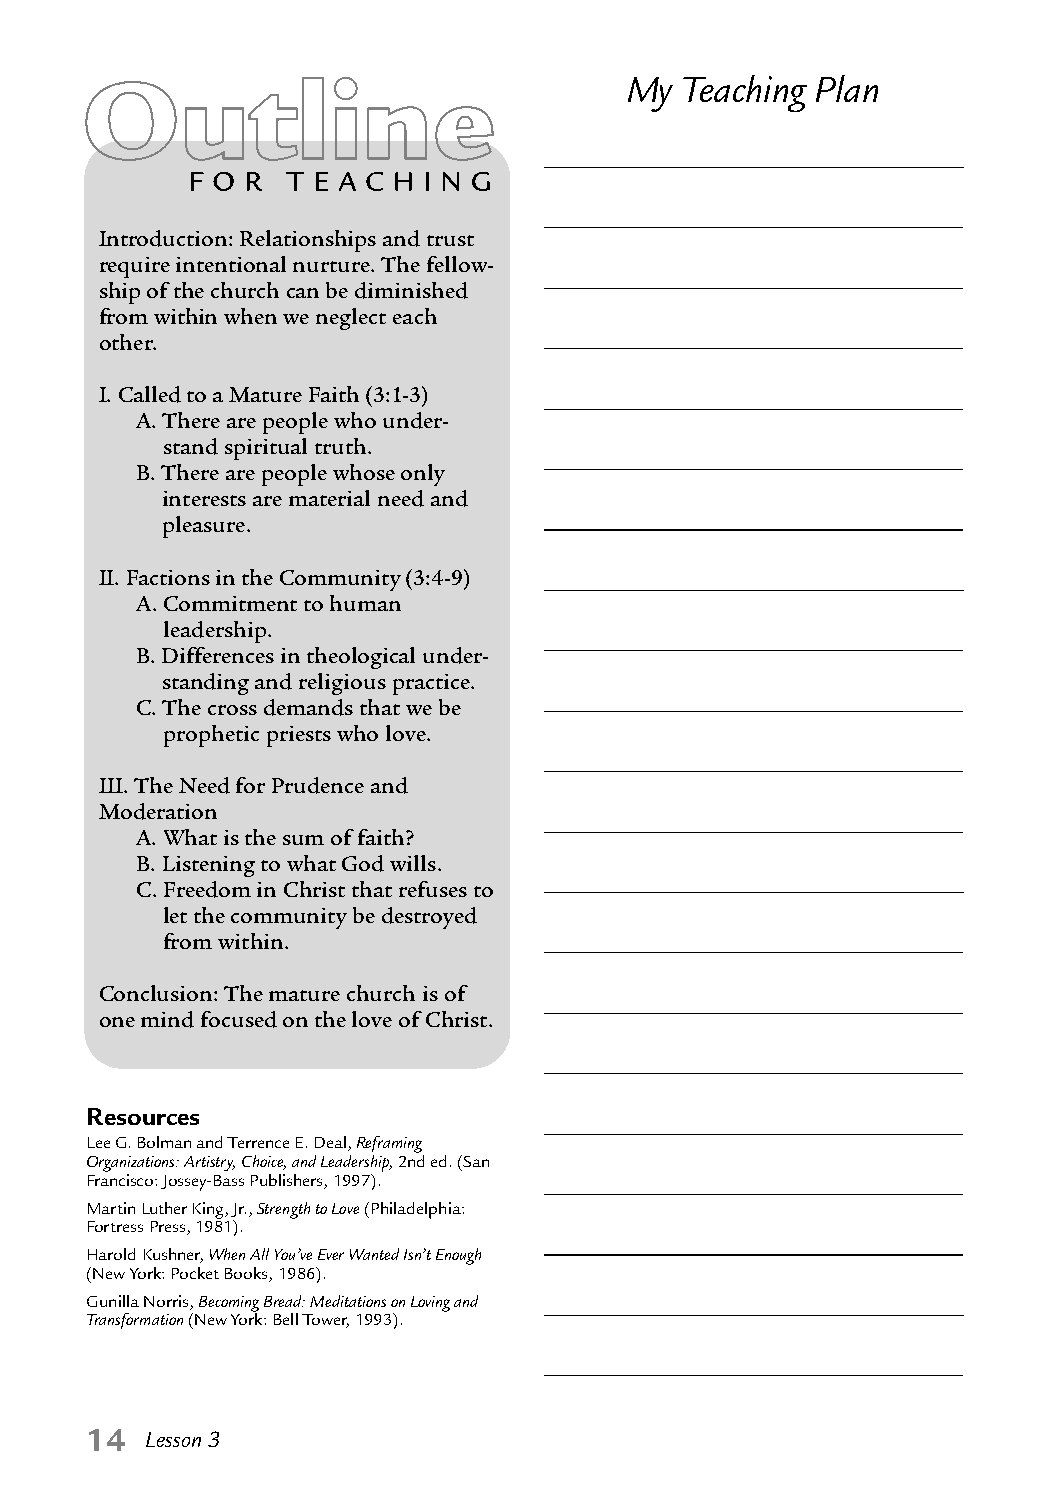
My  Teaching Plan
 Introduction: Relationships and trust
 require intentional nurture. The fellow-
 ship of the church can be diminished
 from within when we neglect each
 other.
 I. Called to a Mature Faith (3:1-3)
 A. There are people who under-
 stand spiritual truth.
 B. There are people whose only
 interests are material need and
 pleasure.
 II. Factions in the Community (3:4-9)
 A. Commitment to human
 leadership.
 B. Differences in theological under-
 standing and religious practice.
 C. The cross demands that we be
 prophetic priests who love.
 III. The Need for Prudence and
 Moderation
 A. What is the sum of faith?
 B. Listening to what God wills.
 C. Freedom in Christ that refuses to
 let the community be destroyed
 from within.
 Conclusion: The mature church is of
 one mind focused on the love of Christ.
 Resources
 Lee G. Bolman and Terrence E. Deal, Reframing
 Organizations: Artistry, Choice, and Leadership, 2nd ed. (San
 Francisco: Jossey-Bass Publishers, 1997).
 Martin Luther King, Jr., Strength to Love (Philadelphia:
 Fortress Press, 1981).
 Harold Kushner, When All You’ve Ever Wanted Isn’t Enough
 (New York: Pocket Books, 1986).
 Gunilla Norris, Becoming Bread: Meditations on Loving and
 Transformation (New York: Bell Tower, 1993).
 14  Lesson 3